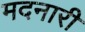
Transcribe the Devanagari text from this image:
मदनारी